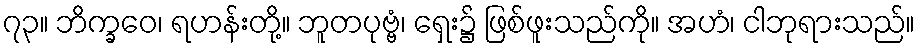
၇၃။ ဘိက္ခဝေ၊ ရဟန်းတို့။ ဘူတပုဗ္ဗံ၊ ရှေး၌ ဖြစ်ဖူးသည်ကို။ အဟံ၊ ငါဘုရားသည်။